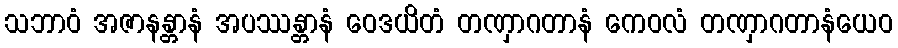
သဘာဝံ အဇာနန္တာနံ အပဿန္တာနံ ဝေဒယိတံ တဏှာဂတာနံ ကေဝလံ တဏှာဂတာနံယေဝ